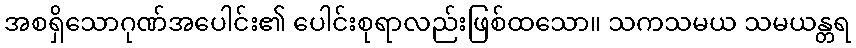
အစရှိသောဂုဏ်အပေါင်း၏ ပေါင်းစုရာလည်းဖြစ်ထသော။ သကသမယ သမယန္တရ